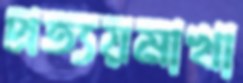
প্রত্যয়মাখা